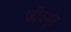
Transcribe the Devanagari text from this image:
जीवमूत